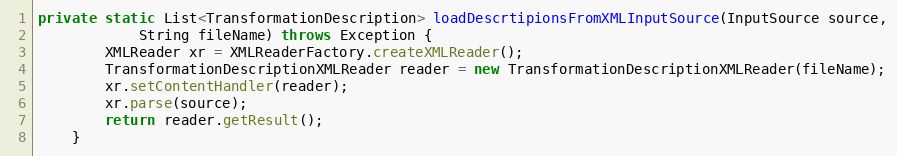
Language: Java
private static List<TransformationDescription> loadDescrtipionsFromXMLInputSource(InputSource source,
            String fileName) throws Exception {
        XMLReader xr = XMLReaderFactory.createXMLReader();
        TransformationDescriptionXMLReader reader = new TransformationDescriptionXMLReader(fileName);
        xr.setContentHandler(reader);
        xr.parse(source);
        return reader.getResult();
    }